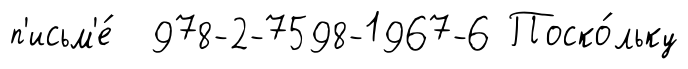
п'исьм'е́ 978-2-7598-1967-6 Поско́льку